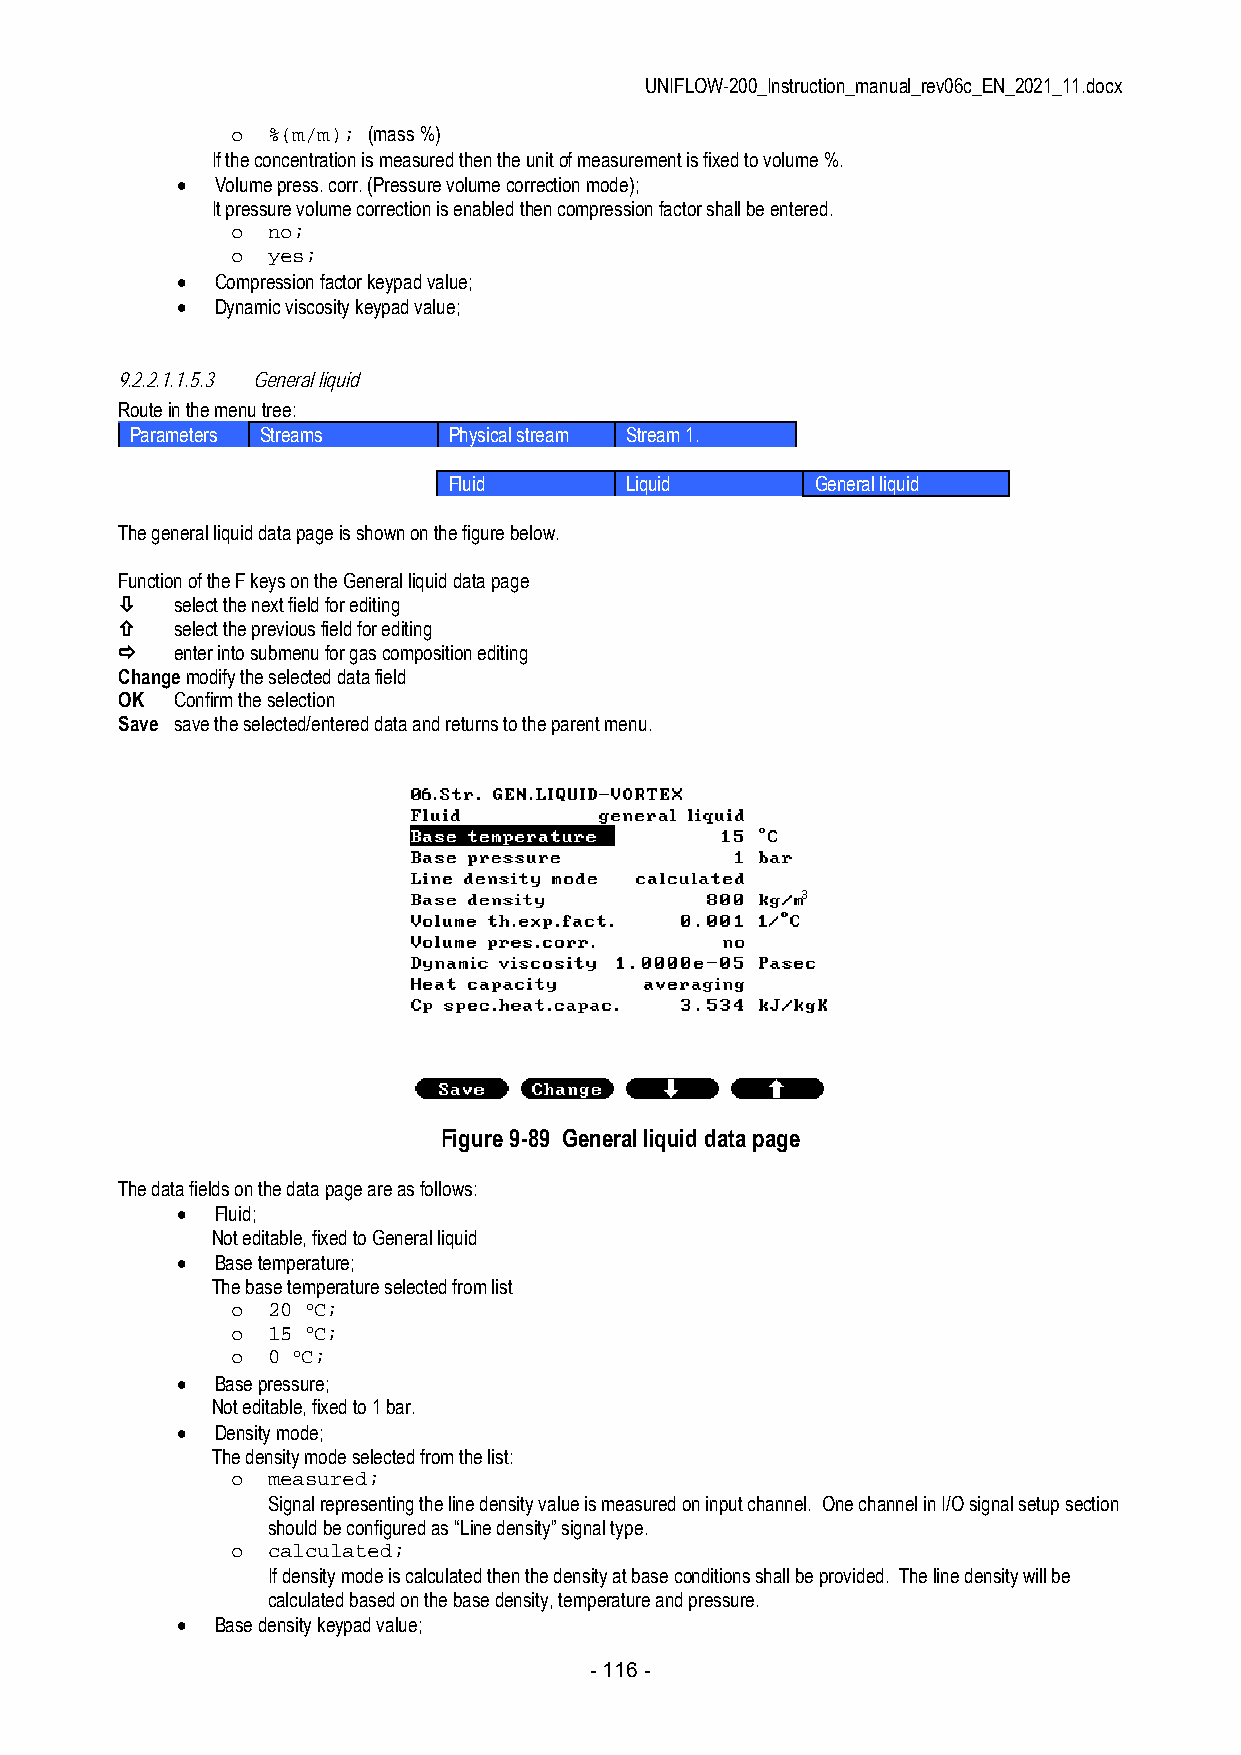
UNIFLOW-200_Instruction_manual_rev06c_EN_2021_11.docx
 o  %(m/m); (mass %)
 If the concentration is measured then the unit of measurement is fixed to volume %.
  Volume press. corr. (Pressure volume correction mode);
 It pressure volume correction is enabled then compression factor shall be entered.
 o  no;
 o  yes;
  Compression factor keypad value;
  Dynamic viscosity keypad value;
 9.2.2.1.1.5.3 General liquid
 Route in the menu tree:
 Parameters Streams   Physical stream Stream 1.
 Fluid      Liquid       General liquid
 The general liquid data page is shown on the figure below.
 Function of the F keys on the General liquid data page
    select the next field for editing
    select the previous field for editing
    enter into submenu for gas composition editing
 Change modify the selected data field
 OK  Confirm the selection
 Save save the selected/entered data and returns to the parent menu.
 Figure 9-89 General liquid data page
 The data fields on the data page are as follows:
  Fluid;
 Not editable, fixed to General liquid
  Base temperature;
 The base temperature selected from list
 o  20 oC;
 o  15 oC;
 o  0 oC;
  Base pressure;
 Not editable, fixed to 1 bar.
  Density mode;
 The density mode selected from the list:
 o  measured;
 Signal representing the line density value is measured on input channel. One channel in I/O signal setup section
 should be configured as “Line density” signal type.
 o  calculated;
 If density mode is calculated then the density at base conditions shall be provided. The line density will be
 calculated based on the base density, temperature and pressure.
  Base density keypad value;
 - 116 -